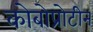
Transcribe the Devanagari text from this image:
कोबोप्रोटीन